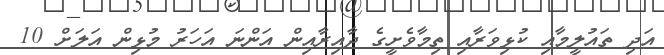
އަދި ތައުލީމާއި ކުޅިވަރާއި ތިމާވެށީގެ ދާއިރާއިން އަންނަ އަހަރު މުޅިން އަލަށް 10